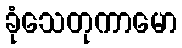
ခုံသေတုကာမော